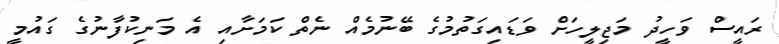
ރައީސް ވަހީދު މަޖިލީހަށް ވަޑައިގަތުމުގެ ބޭނުމެއް ނެތް ކަމަށާއި އެ މަނިކުފާނުގެ ގައުމީ